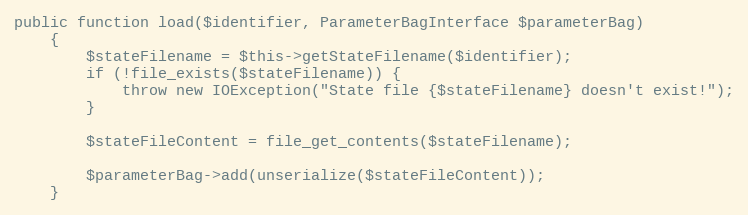
Language: PHP
public function load($identifier, ParameterBagInterface $parameterBag)
    {
        $stateFilename = $this->getStateFilename($identifier);
        if (!file_exists($stateFilename)) {
            throw new IOException("State file {$stateFilename} doesn't exist!");
        }

        $stateFileContent = file_get_contents($stateFilename);

        $parameterBag->add(unserialize($stateFileContent));
    }